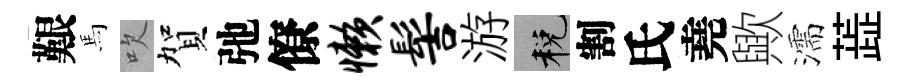
艱馬吹賀弛僚懒髻游税割氏堯歟濡蕋